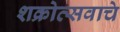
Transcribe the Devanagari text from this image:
शक्रोत्सवाचे